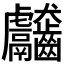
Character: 𪚊